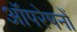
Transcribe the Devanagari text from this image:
आॅपरेषनों